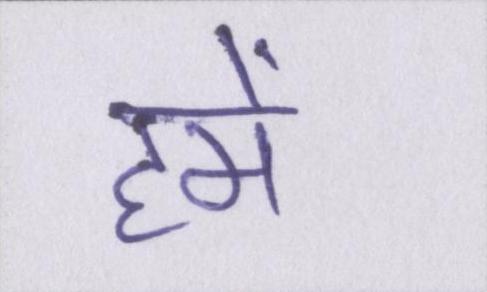
हमें